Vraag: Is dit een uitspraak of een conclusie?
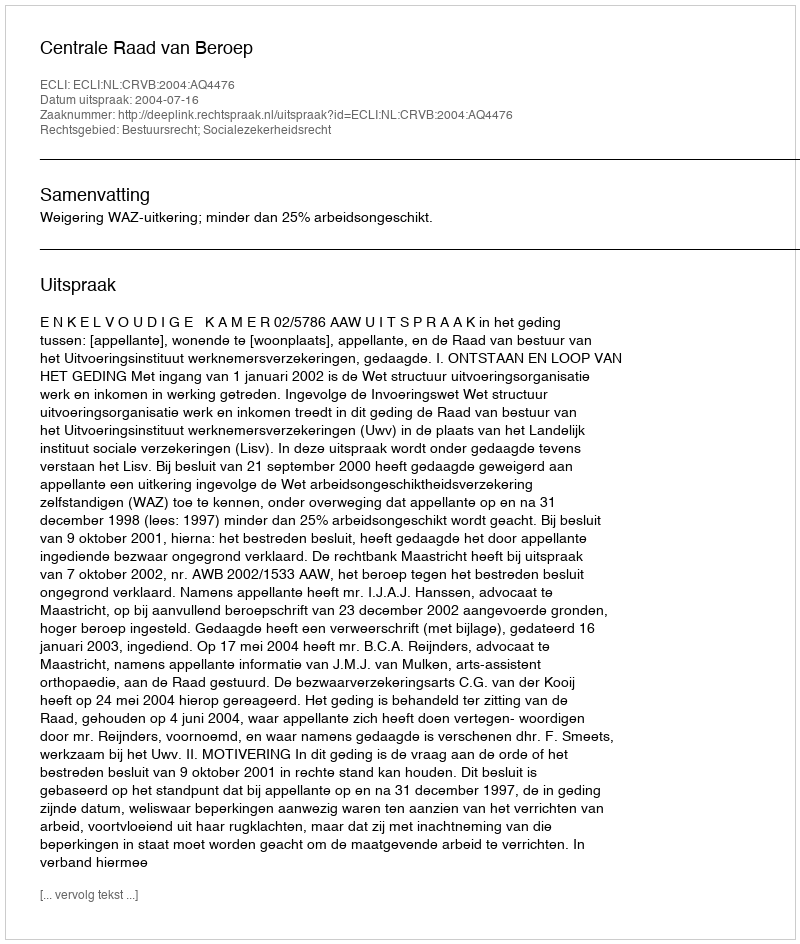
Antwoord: Uitspraak